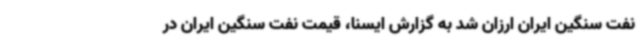
نفت سنگین ایران ارزان شد به گزارش ایسنا، قیمت نفت سنگین ایران در